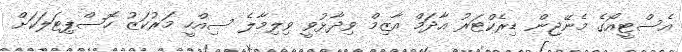
އެސްޓީއޯގެ މެނޭޖިން ޑިރެކްޓަރު އާދަމް އާޒިމް ވިދާޅުވީ ވިލިމާލެ ސިއްހީ މަރުކަޒު ހޮސްޕިޓަލަކަށް